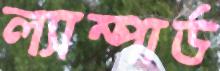
ল্যাম্পার্ড